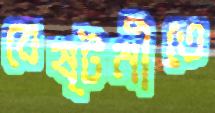
বেষ্টনীতে